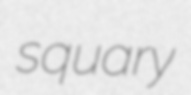
squary